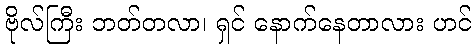
ဗိုလ်ကြီး ဘတ်တလာ၊ ရှင် နောက်နေတာလား ဟင်